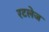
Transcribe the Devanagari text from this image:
रटलेज